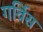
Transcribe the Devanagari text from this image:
गर्विस